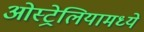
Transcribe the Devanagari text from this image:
ओस्ट्रेलियामध्ये